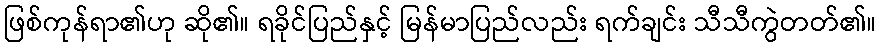
ဖြစ်ကုန်ရာ၏ဟု ဆို၏။ ရခိုင်ပြည်နှင့် မြန်မာပြည်လည်း ရက်ချင်း သီသီကွဲတတ်၏။